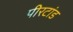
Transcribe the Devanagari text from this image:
पीरटांड